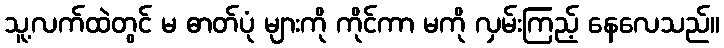
သူ့လက်ထဲတွင် မ ဓာတ်ပုံ များကို ကိုင်ကာ မကို လှမ်းကြည့် နေလေသည်။